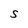
Character: S